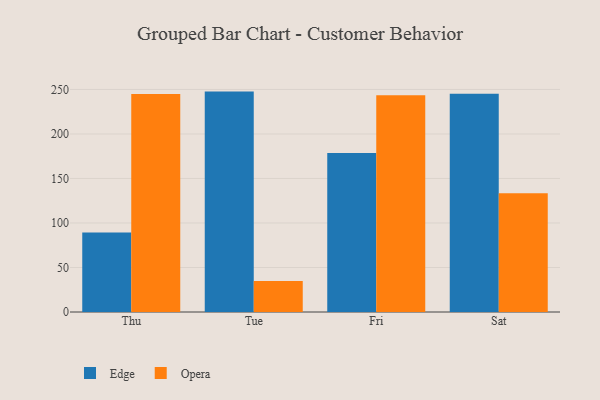
{"axis": {"x": "Day", "y": "Operating Costs (USD K)"}, "legend": ["Edge", "Opera"], "data": [{"x": "Thu", "y": 89.2, "type": "Edge"}, {"x": "Thu", "y": 244.8, "type": "Opera"}, {"x": "Tue", "y": 247.6, "type": "Edge"}, {"x": "Tue", "y": 34.9, "type": "Opera"}, {"x": "Fri", "y": 178.6, "type": "Edge"}, {"x": "Fri", "y": 243.5, "type": "Opera"}, {"x": "Sat", "y": 245.3, "type": "Edge"}, {"x": "Sat", "y": 133.4, "type": "Opera"}]}